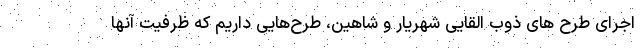
اجرای طرح های ذوب القایی شهریار و شاهین، طرح‌هایی داریم که ظرفیت آنها